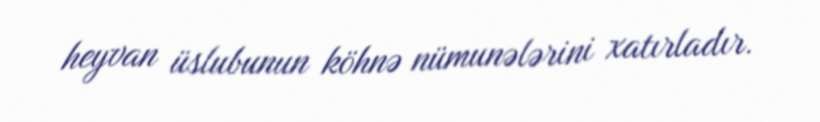
heyvan üslubunun köhnə nümunələrini xatırladır.